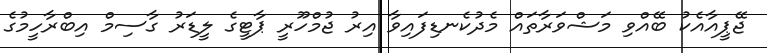
ޖޭޕީއާއެކު ބޭއްވި މަޝްވަރާތައް މެދުކެނޑިފައިވާ އިރު ޖުމްހޫރީ ޕާޓީގެ ލީޑަރު ގާސިމް އިބްރާހީމުގެ